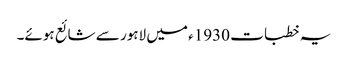
یہ خطبات 1930ء میں لاہور سے شائع ہوئے۔